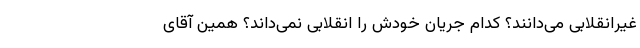
غیرانقلابی می‌دانند؟ کدام جریان خودش را انقلابی نمی‌داند؟ همین آقای